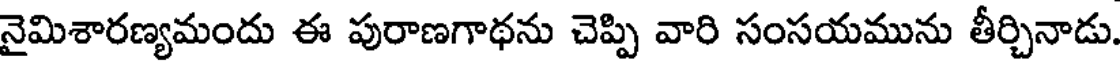
నైమిశారణ్యమందు ఈ పురాణగాథను చెప్పి వారి సంసయమును తీర్చినాడు.